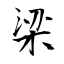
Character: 梁